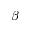
\beta